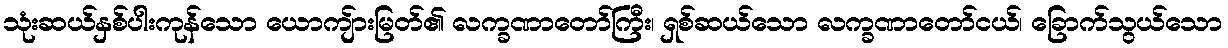
သုံးဆယ်နှစ်ပါးကုန်သော ယောကျ်ားမြတ်၏ လက္ခဏာတော်ကြီး၊ ရှစ်ဆယ်သော လက္ခဏာတော်ငယ်၊ ခြောက်သွယ်သော